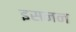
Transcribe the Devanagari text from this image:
इसनन